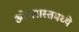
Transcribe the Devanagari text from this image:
ओब्लास्तमध्ये